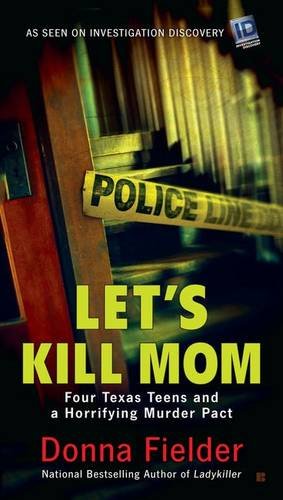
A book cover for Let's Kill Mom: Four Texas Teens and a Horrifying Murder Pact; Donna Fielder; Biographies & Memoirs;